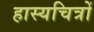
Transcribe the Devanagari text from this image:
हास्यचित्रों